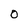
Character: 0